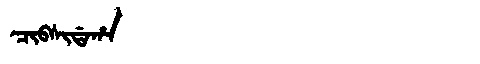
Manchu: ᠴᡳᠪᠰᡳᡩᠠᡥᠠ
Romanization: CIBSIDAHA